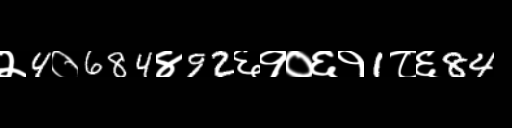
Text: २4०684४92६१०६१1८६84